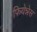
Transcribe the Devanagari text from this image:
फियेन्नेस